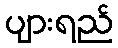
ပျားရည်